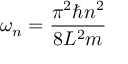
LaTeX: \omega _ { n } = { \frac { \pi ^ { 2 } \hbar n ^ { 2 } } { 8 L ^ { 2 } m } }